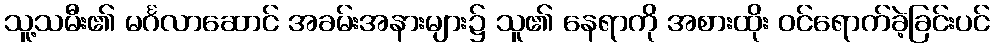
သူ့သမီး၏ မင်္ဂလာဆောင် အခမ်းအနားများ၌ သူ၏ နေရာကို အစားထိုး ဝင်ရောက်ခဲ့ခြင်းပင်